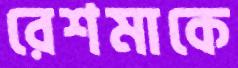
রেশমাকে